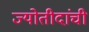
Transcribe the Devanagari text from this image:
ज्योतीदांची